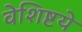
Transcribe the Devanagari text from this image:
वेशिष्टये